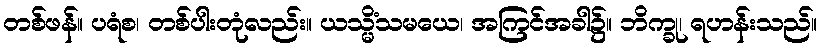
တစ်ဖန်။ ပရံစ၊ တစ်ပါးတုံလည်း။ ယသ္မိံသမယေ၊ အကြင်အခါ၌။ ဘိက္ခု၊ ရဟန်းသည်။